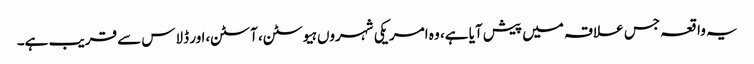
یہ واقعہ جس علاقہ میں پیش آیا ہے، وہ امریکی شہروں ہیوسٹن، آسٹن،ا ور ڈلاس سے قریب ہے۔